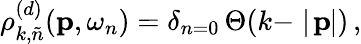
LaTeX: \rho_{k,\tilde{n}}^{(d)}({\mathbf p},\omega_{n})=\delta_{n=0}\, \Theta(k-\mid\! {\mathbf p}\! \! \mid)\, ,